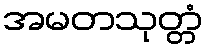
အမတသုတ္တံ